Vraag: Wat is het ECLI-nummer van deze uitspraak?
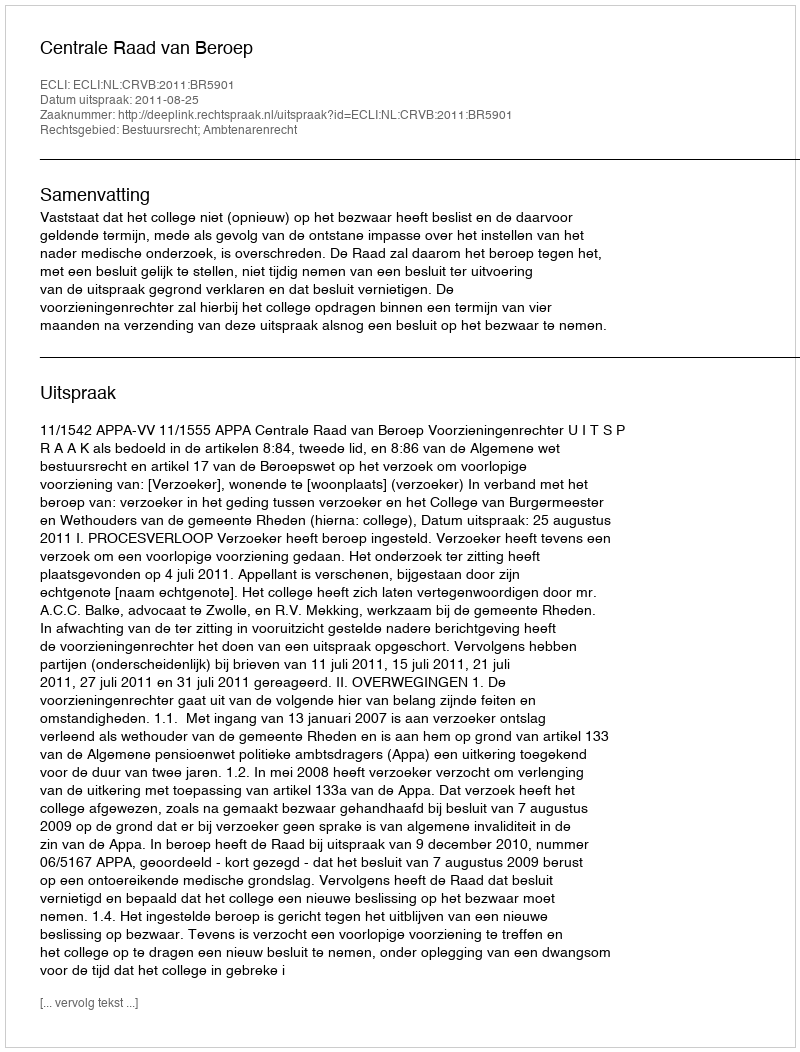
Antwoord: ECLI:NL:CRVB:2011:BR5901